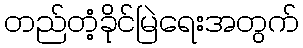
တည်တံ့ခိုင်မြဲရေးအတွက်